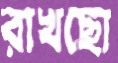
রাখছো